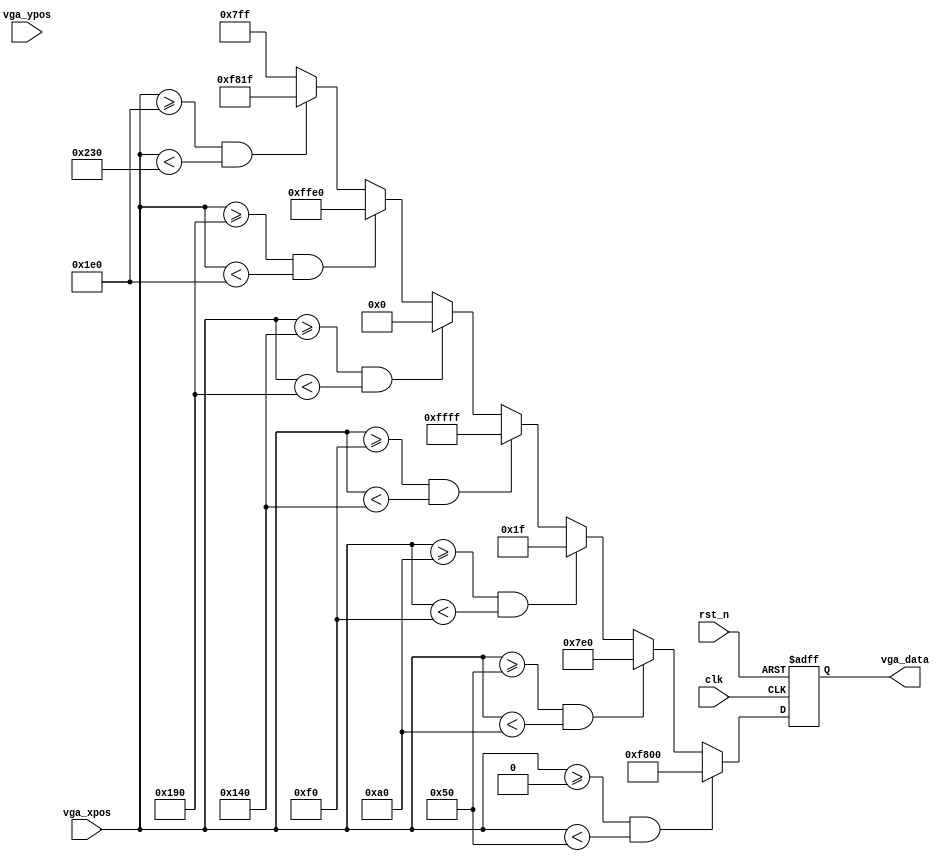
/*************************************************
*	Module Name		:	vga_display.v		   
*	Target Device	:	EP2C35F672C6N
*	Tool versions	:	Quartus II 11.0
*	Revision		:	v1.0
*	Description		:   	
**************************************************/
module vga_display
#(
	parameter	H_DISP 	=	10'd640,
	parameter	V_DISP 	=	10'd480 
)
(
	input				clk, 
	input   			rst_n, 

	input		[9:0]	vga_xpos, 
	input 		[9:0] 	vga_ypos,
	output 	reg	[15:0] 	vga_data
);

//define colors RGB--5|6|5
localparam RED     	=	16'hF800;  
localparam GREEN     = 	16'h07E0;  
localparam BLUE      = 	16'h001F;  
localparam WHITE     = 	16'hFFFF;  
localparam BLACK     = 	16'h0000;  
localparam YELLOW    = 	16'hFFE0;  
localparam CYAN      = 	16'hF81F;  
localparam ROYAL     = 	16'h07FF;  
      
always@(posedge clk or negedge rst_n)
begin
	if(!rst_n)
		vga_data <= 16'h0;
	else
		begin
		if	(vga_xpos >= 0 && vga_xpos < (H_DISP>>3))
			vga_data <= RED;
		else if(vga_xpos >= (H_DISP>>3)*1 && vga_xpos < (H_DISP>>3)*2)
			vga_data <= GREEN;
		else if(vga_xpos >= (H_DISP>>3)*2 && vga_xpos < (H_DISP>>3)*3)
			vga_data <= BLUE;
		else if(vga_xpos >= (H_DISP>>3)*3 && vga_xpos < (H_DISP>>3)*4)
			vga_data <= WHITE;
		else if(vga_xpos >= (H_DISP>>3)*4 && vga_xpos < (H_DISP>>3)*5)
			vga_data <= BLACK;
		else if(vga_xpos >= (H_DISP>>3)*5 && vga_xpos < (H_DISP>>3)*6)
			vga_data <= YELLOW;
		else if(vga_xpos >= (H_DISP>>3)*6 && vga_xpos < (H_DISP>>3)*7)
			vga_data <= CYAN;
		else// if(vga_xpos >= (H_DISP<<3)*7 && vga_xpos < (H_DISP<<3)*8)
			vga_data <= ROYAL;
		end
end

//wire	[19:0]	vga_result = vga_xpos * vga_ypos;
//always@(posedge clk or negedge rst_n)
//begin
//	if(!rst_n)
//		vga_data <= 16'h0;
//	else
//		vga_data = vga_result[15:0];
//end


endmodule